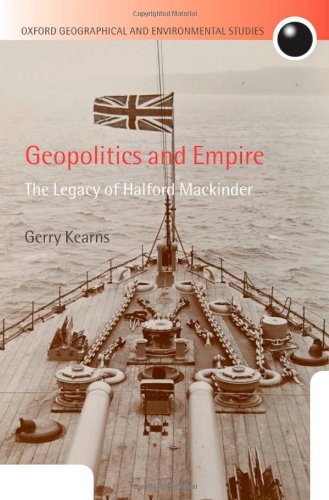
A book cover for Geopolitics and Empire: The Legacy of Halford Mackinder (Oxford Geographical and Environmental Studies Series); Gerry Kearns; History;